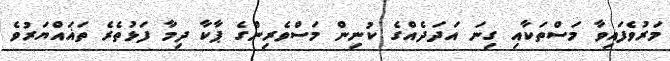
މަރުވެފައިވާ މަސްތަކާއި ގިނަ އަދަދެއްގެ ކުނިން މަސްވެރިންގެ ޕާކާ ދިމާ ފަޅުތެރެ ތަޣައްޔަރުވެ